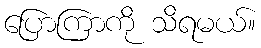
ပြောကြာကို သိရမယ်။